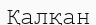
Қалқан